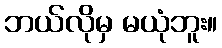
ဘယ်လိုမှ မယုံဘူး။